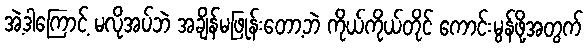
အဲ့ဒါကြောင့် မလိုအပ်ဘဲ အချိန်မဖြုန်းတော့ဘဲ ကိုယ်ကိုယ်တိုင် ကောင်းမွန်ဖို့အတွက်